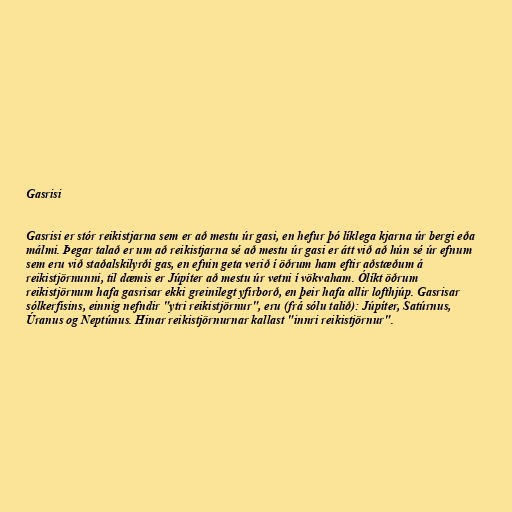
Gasrisi

Gasrisi er stór reikistjarna sem er að mestu úr gasi, en hefur þó líklega kjarna úr bergi eða
málmi. Þegar talað er um að reikistjarna sé að mestu úr gasi er átt við að hún sé úr efnum
sem eru við staðalskilyrði gas, en efnin geta verið í öðrum ham eftir aðstæðum á
reikistjörnunni, til dæmis er Júpíter að mestu úr vetni í vökvaham. Ólíkt öðrum
reikistjörnum hafa gasrisar ekki greinilegt yfirborð, en þeir hafa allir lofthjúp. Gasrisar
sólkerfisins, einnig nefndir "ytri reikistjörnur", eru (frá sólu talið): Júpíter, Satúrnus,
Úranus og Neptúnus. Hinar reikistjörnurnar kallast "innri reikistjörnur".